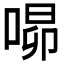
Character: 𭈾